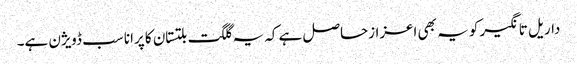
داریل تانگیر کو یہ بھی اعزازحاصل ہے کہ یہ گلگت بلتستان کا پرانا سب ڈویژن ہے۔